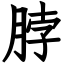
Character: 脖